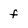
Character: f